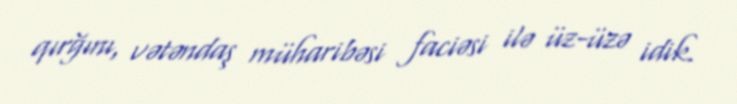
qırğını, vətəndaş müharibəsi faciəsi ilə üz-üzə idik.